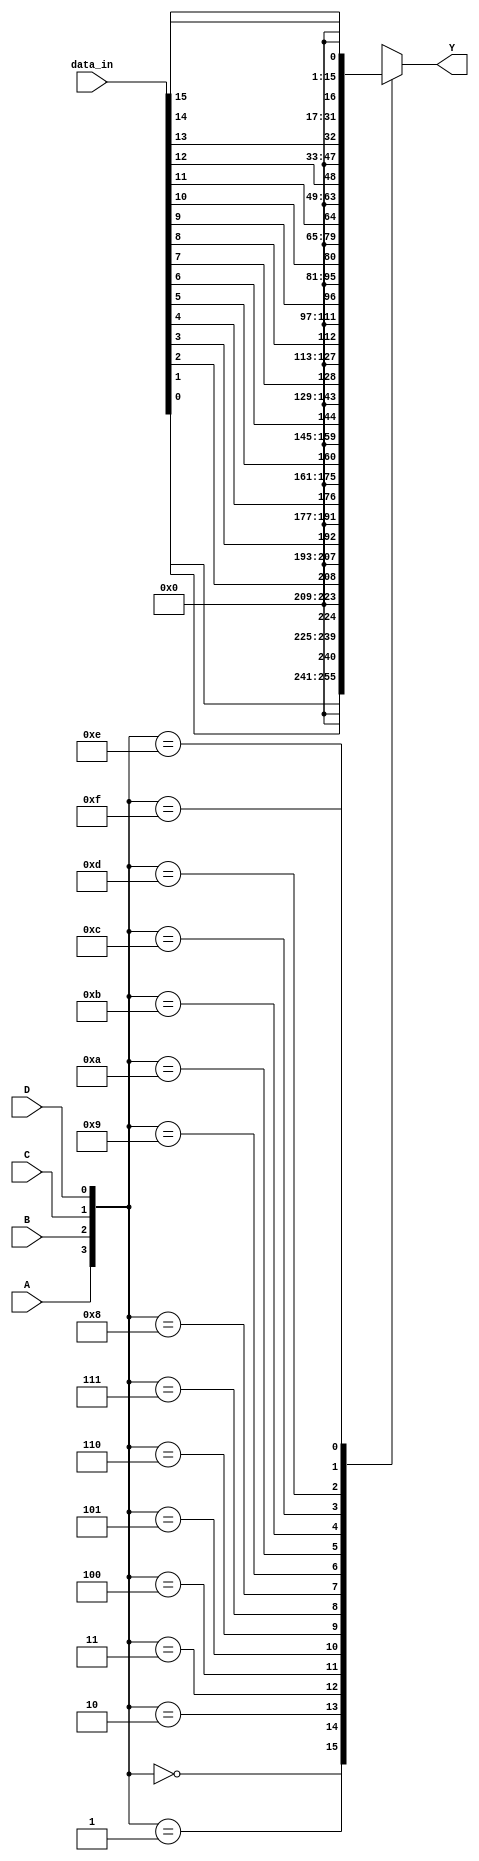
module demux_4to16(
    input wire A,
    input wire B,
    input wire C,
    input wire D,
    input wire [15:0] data_in,
    output reg [15:0] Y
);

always @(*)
begin
    case({A,B,C,D})
        4'b0000: Y <= data_in[0];
        4'b0001: Y <= data_in[1];
        4'b0010: Y <= data_in[2];
        4'b0011: Y <= data_in[3];
        4'b0100: Y <= data_in[4];
        4'b0101: Y <= data_in[5];
        4'b0110: Y <= data_in[6];
        4'b0111: Y <= data_in[7];
        4'b1000: Y <= data_in[8];
        4'b1001: Y <= data_in[9];
        4'b1010: Y <= data_in[10];
        4'b1011: Y <= data_in[11];
        4'b1100: Y <= data_in[12];
        4'b1101: Y <= data_in[13];
        4'b1110: Y <= data_in[14];
        4'b1111: Y <= data_in[15];
        default: Y <= 0;
    endcase
end

endmodule